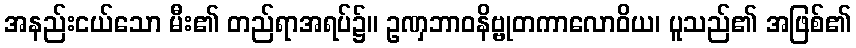
အနည်းငယ်သော မီး၏ တည်ရာအရပ်၌။ ဥဏှဘာဝနိဗ္ဗုတကာလောဝိယ၊ ပူသည်၏ အဖြစ်၏